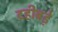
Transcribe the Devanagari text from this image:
दहीबड़े